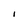
Character: I